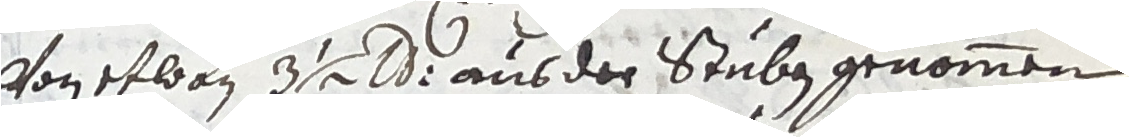
von etlan 3 lb aus der stuben genommen.